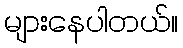
များနေပါတယ်။